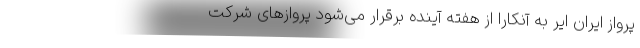
پرواز ایران ایر به آنکارا از هفته آینده برقرار می‌شود پروازهای شرکت